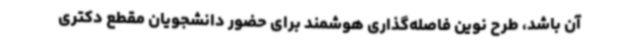
آن باشد، طرح نوین فاصله‌گذاری هوشمند برای حضور دانشجویان مقطع دکتری